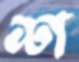
শ